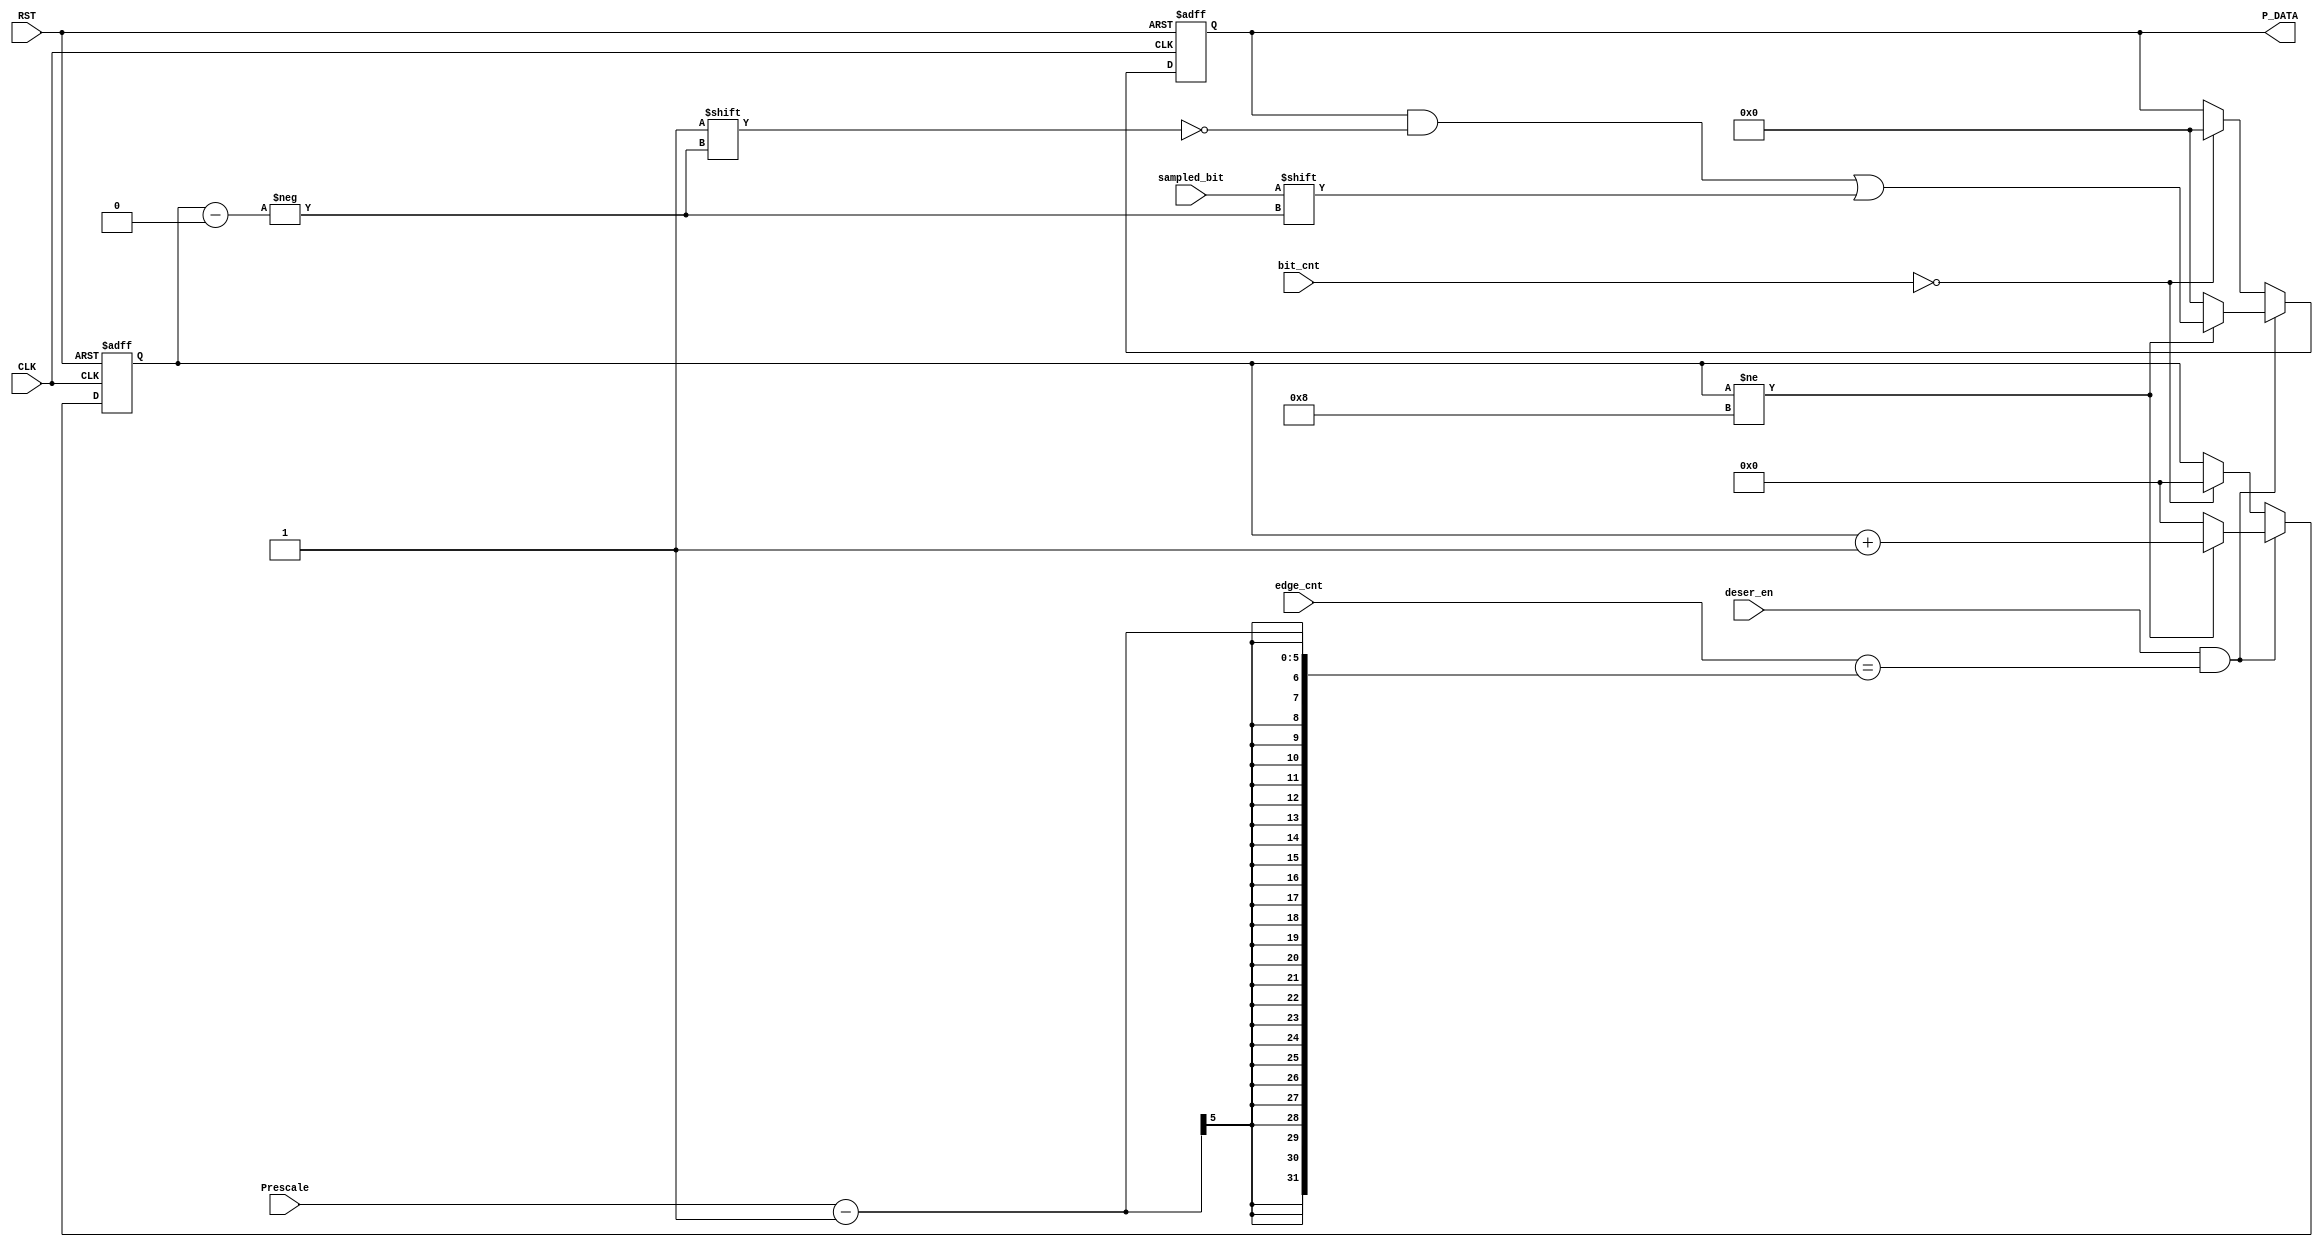
module deserializer #(parameter DATA_WIDTH=8,PRESCALE_BITS=5, TX_BITS=4)(
input  wire deser_en,
input  wire sampled_bit,
input  wire CLK,
input  wire RST,
input  wire [TX_BITS-1:0] bit_cnt,
input  wire [PRESCALE_BITS-1:0] edge_cnt,
input  wire [PRESCALE_BITS-1:0] Prescale,
output reg  [DATA_WIDTH-1:0] P_DATA);

reg [3:0] Count;

 always @(posedge CLK or negedge RST)
  begin
	if(!RST)
	 begin
		P_DATA<='b0;
		Count<='b0;
	 end
	else if(deser_en && edge_cnt==Prescale-1)
	 begin
		if(Count!=DATA_WIDTH)
		 begin
			P_DATA[Count]<=sampled_bit;
			Count<=Count+1;
		 end
		else
		 begin
			Count<=0;
			P_DATA<='b0;
		 end
	 end
	else if(bit_cnt=='b0)
	 begin
			Count<=0;
			P_DATA<='b0;			
	 end
  end





endmodule